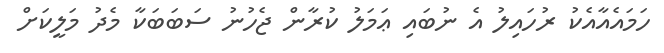
ހަމައެއާއެކު ރުހައިލު އެ ނުބައި ޢަމަލު ކުރާން ޖެހުނު ސަބަބަކާ މެދު މަލީކަށް